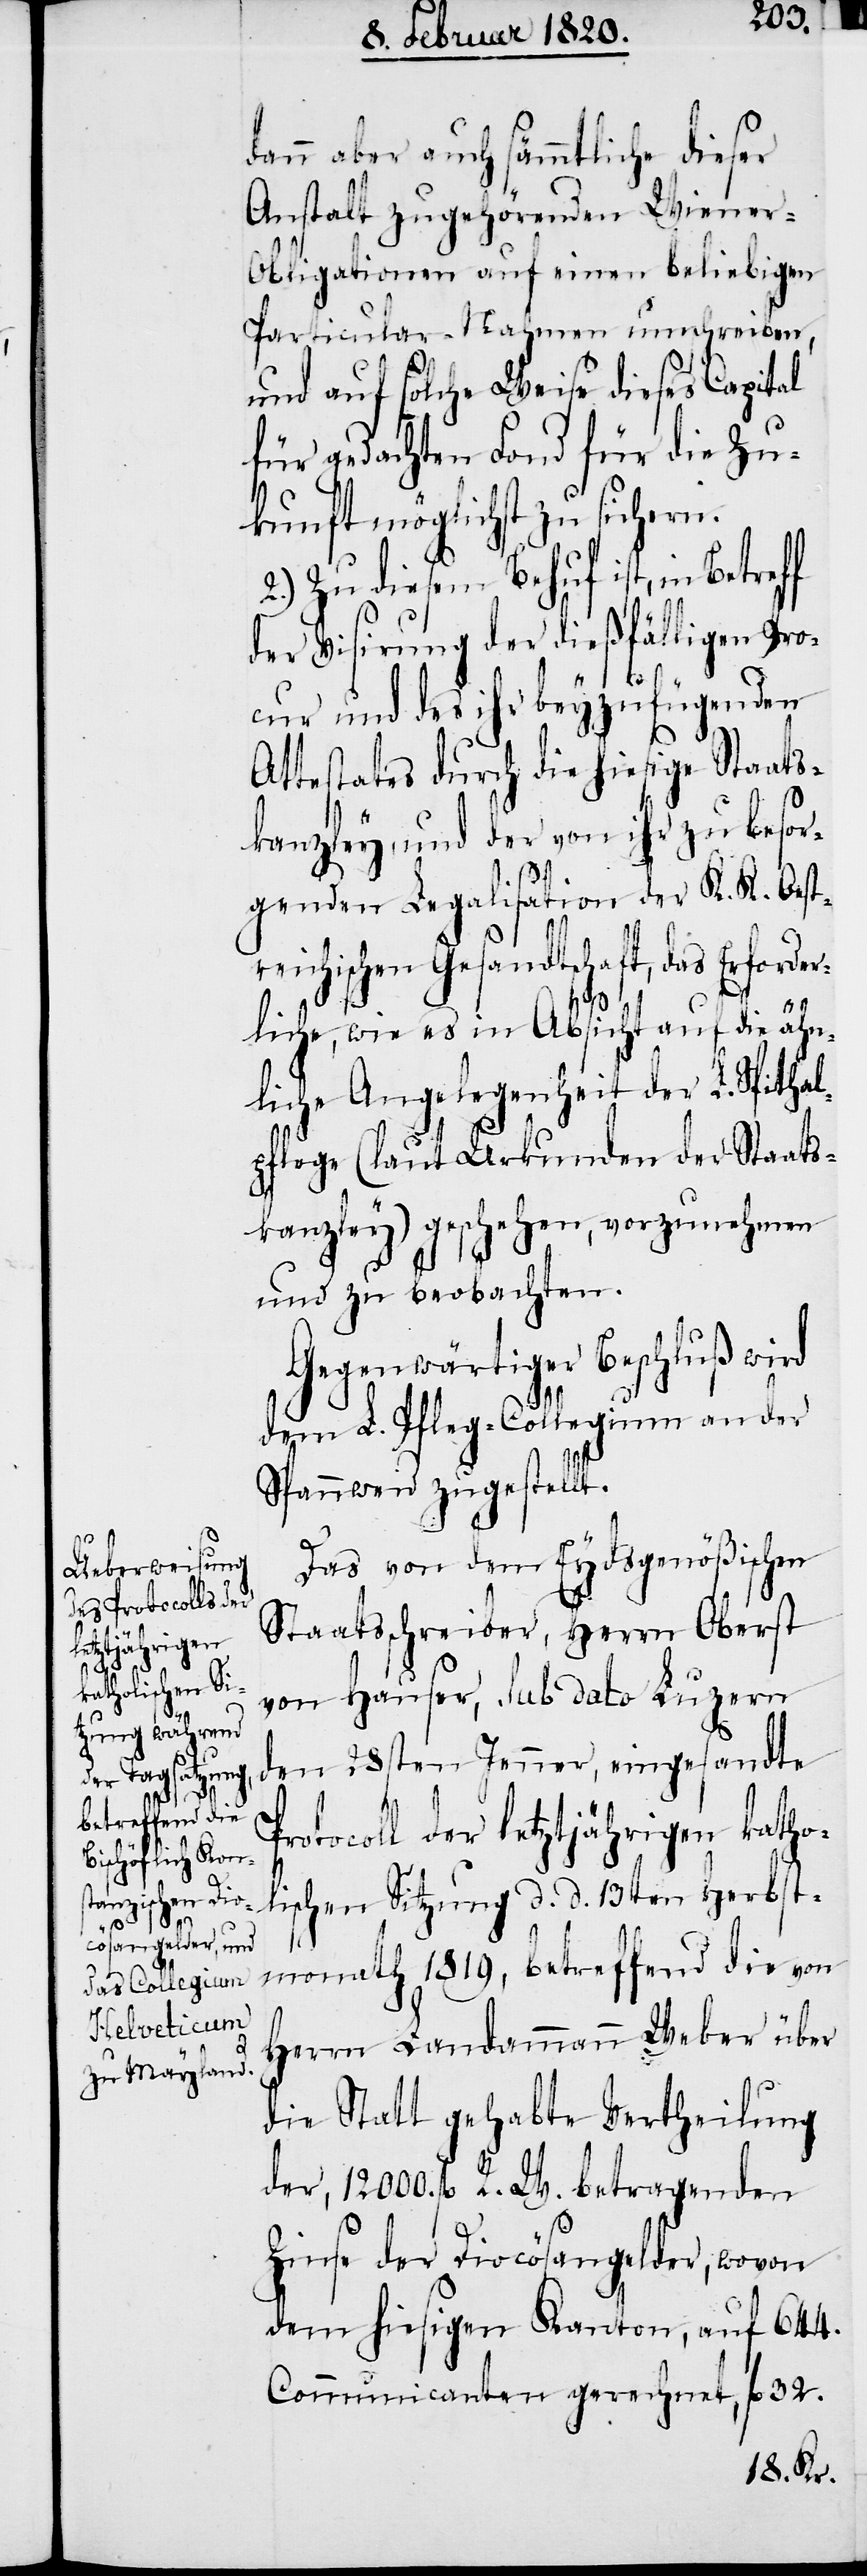
der¬

dann aber auch sämmtliche dieser
Anstalt zugehörenden Wiener-O¬
bligationen auf einen beliebigen
Particular-Nahmen umschreiben,
und auf solche Weise dieses Capital
für gedachten Fond für die Zu¬
kunft möglichst zu sichern.
2.) Zu diesem Behuf ist, in
der Visirung der dießfälligen Pro¬
cur und des ihr beyzufügenden
Attestates durch die hiesige Staats¬
kanzley, und der von ihr zu besor¬
genden Legalisation der K. K. Oestre¬
ichischen Gesandtschaft, das Erfor¬
liche, wie es in Absicht auf die ähn¬
liche Angelegenheit der L. Spithal¬
pflege (laut Urkunden der Staats¬
kanzley) geschehen, vorzunehmen
und zu beobachten.
Gegenwärtiger Beschluß wird
dem L. Pfleg-Collegium an der
Spannweid zugestellt.
P¬
Das von dem Eydsgenößischen
Staatsschreiber, Herrn Oberst
von Hauser, sub dato Luzern
den 28sten Jenner, eingesandte
rotocoll der letztjährigen katho¬
lischen Sitzung d. d. 13ten Herbst¬
monath 1819, betreffend die von
Herrn Landammann Weber über
die Statt gehabte Vertheilung
der, 12000. fl. R. W. betragenden
Zinse der Diocösangelder, wovon
dem hiesigen Kanton, auf 644.
Communicanten gerechnet, fl. 32.